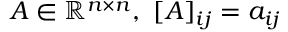
A \in \mathbb { R } ^ { n \times n } , ~ [ A ] _ { i j } = a _ { i j }